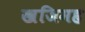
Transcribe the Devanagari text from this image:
खजिमह